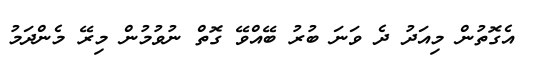
އެގޮތުން މިއަދު ދެ ވަނަ ބުރު ބޭއްވޭ ގޮތް ނުވުމުން މިރޭ މެންދަމު